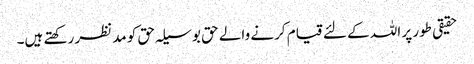
حقیقی طور پر اللہ کے لئے قیام کرنے والے حق بوسیلہ حق کو مدنظر رکھتے ہیں۔